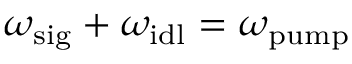
\omega _ { \mathrm { s i g } } + \omega _ { \mathrm { i d l } } = \omega _ { \mathrm { p u m p } }